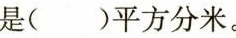
是()平方分米。